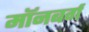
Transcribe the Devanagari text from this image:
मॉनबर्ग